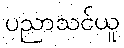
ပညာသင်ယူ